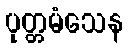
ပုတ္တမံသေန